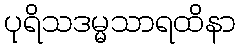
ပုရိသဒမ္မသာရထိနာ